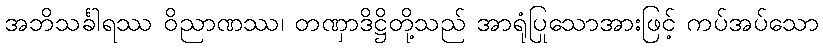
အဘိသင်္ခါရဿ ဝိညာဏဿ၊ တဏှာဒိဋ္ဌိတို့သည် အာရုံပြုသောအားဖြင့် ကပ်အပ်သော